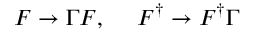
F \rightarrow \Gamma F , \ \ \ \ F ^ { \dagger } \rightarrow F ^ { \dagger } \Gamma